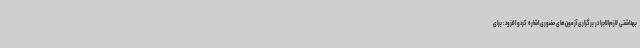
بهداشتی لازم‌الاجرا در برگزاری آزمون‌های حضوری اشاره کردو افزود: برای